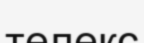
телекс